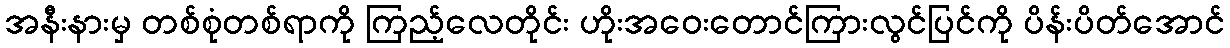
အနီးနားမှ တစ်စုံတစ်ရာကို ကြည့်လေတိုင်း ဟိုးအဝေးတောင်ကြားလွင်ပြင်ကို ပိန်းပိတ်အောင်